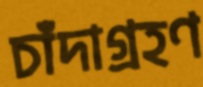
চাঁদাগ্রহণ